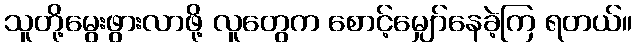
သူတို့မွေးဖွားလာဖို့ လူတွေက စောင့်မျှော်နေခဲ့ကြ ရတယ်။